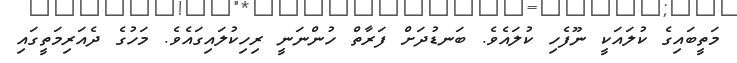
މަތީބައިގެ ކުލައަކީ ނޫފެހި ކުލައެވެ. ބަނޑުދަށް ފަރާތް ހުންނަނީ ރިހިކުލައިގައެވެ. މަހުގެ ދެއަރިމަތީގައި